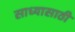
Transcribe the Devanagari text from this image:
साध्यासाठी